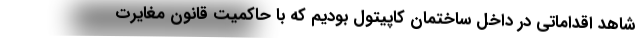
شاهد اقداماتی در داخل ساختمان كاپیتول بودیم كه با حاكمیت قانون مغایرت